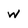
Character: w